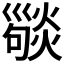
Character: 𢀆